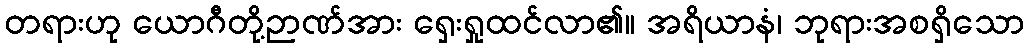
တရားဟု ယောဂီတို့ဉာဏ်အား ရှေးရှုထင်လာ၏။ အရိယာနံ၊ ဘုရားအစရှိသော